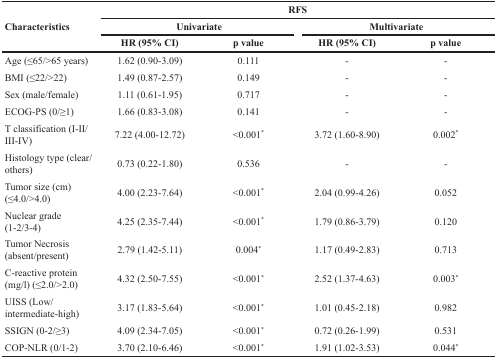
<table><thead><tr><td rowspan="3"><b>Characteristics</b></td><td colspan="4"><b>RFS</b></td></tr><tr><td colspan="2"><b>Univariate</b></td><td colspan="2"><b>Multivariate</b></td></tr><tr><td><b>HR (95% CI)</b></td><td><b>p value</b></td><td><b>HR (95% CI)</b></td><td><b>p value</b></td></tr></thead><tbody><tr><td>Age (≤65/&gt;65 years)</td><td>1.62 (0.90-3.09)</td><td>0.111</td><td>-</td><td>-</td></tr><tr><td>BMI (≤22/&gt;22)</td><td>1.49 (0.87-2.57)</td><td>0.149</td><td>-</td><td>-</td></tr><tr><td>Sex (male/female)</td><td>1.11 (0.61-1.95)</td><td>0.717</td><td>-</td><td>-</td></tr><tr><td>ECOG-PS (0/≥1)</td><td>1.66 (0.83-3.08)</td><td>0.141</td><td>-</td><td>-</td></tr><tr><td>T classification (I-II/III-IV)</td><td>7.22 (4.00-12.72)</td><td>&lt;0.001<sup>*</sup></td><td>3.72 (1.60-8.90)</td><td>0.002<sup>*</sup></td></tr><tr><td>Histology type (clear/others)</td><td>0.73 (0.22-1.80)</td><td>0.536</td><td>-</td><td>-</td></tr><tr><td>Tumor size (cm) (≤4.0/&gt;4.0)</td><td>4.00 (2.23-7.64)</td><td>&lt;0.001<sup>*</sup></td><td>2.04 (0.99-4.26)</td><td>0.052</td></tr><tr><td>Nuclear grade (1-2/3-4)</td><td>4.25 (2.35-7.44)</td><td>&lt;0.001<sup>*</sup></td><td>1.79 (0.86-3.79)</td><td>0.120</td></tr><tr><td>Tumor Necrosis (absent/present)</td><td>2.79 (1.42-5.11)</td><td>0.004<sup>*</sup></td><td>1.17 (0.49-2.83)</td><td>0.713</td></tr><tr><td>C-reactive protein (mg/l) (≤2.0/&gt;2.0)</td><td>4.32 (2.50-7.55)</td><td>&lt;0.001<sup>*</sup></td><td>2.52 (1.37-4.63)</td><td>0.003<sup>*</sup></td></tr><tr><td>UISS (Low/intermediate-high)</td><td>3.17 (1.83-5.64)</td><td>&lt;0.001<sup>*</sup></td><td>1.01 (0.45-2.18)</td><td>0.982</td></tr><tr><td>SSIGN (0-2/≥3)</td><td>4.09 (2.34-7.05)</td><td>&lt;0.001<sup>*</sup></td><td>0.72 (0.26-1.99)</td><td>0.531</td></tr><tr><td>COP-NLR (0/1-2)</td><td>3.70 (2.10-6.46)</td><td>&lt;0.001<sup>*</sup></td><td>1.91 (1.02-3.53)</td><td>0.044<sup>*</sup></td></tr></tbody></table>